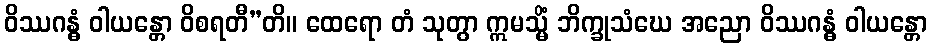
ဝိဿဂန္ဓံ ဝါယန္တော ဝိစရတီ”တိ။ ထေရော တံ သုတွာ ဣမသ္မိံ ဘိက္ခုသံဃေ အညော ဝိဿဂန္ဓံ ဝါယန္တော